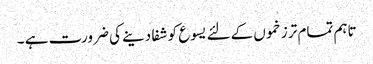
تاہم تمام تر زخموں کےلئے یسوع کو شفا دینے کی ضرورت ہے ۔